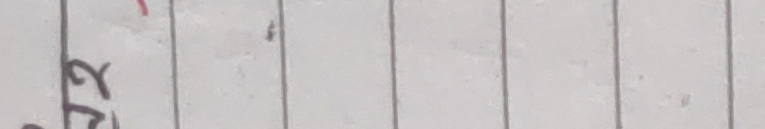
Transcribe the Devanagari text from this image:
३४